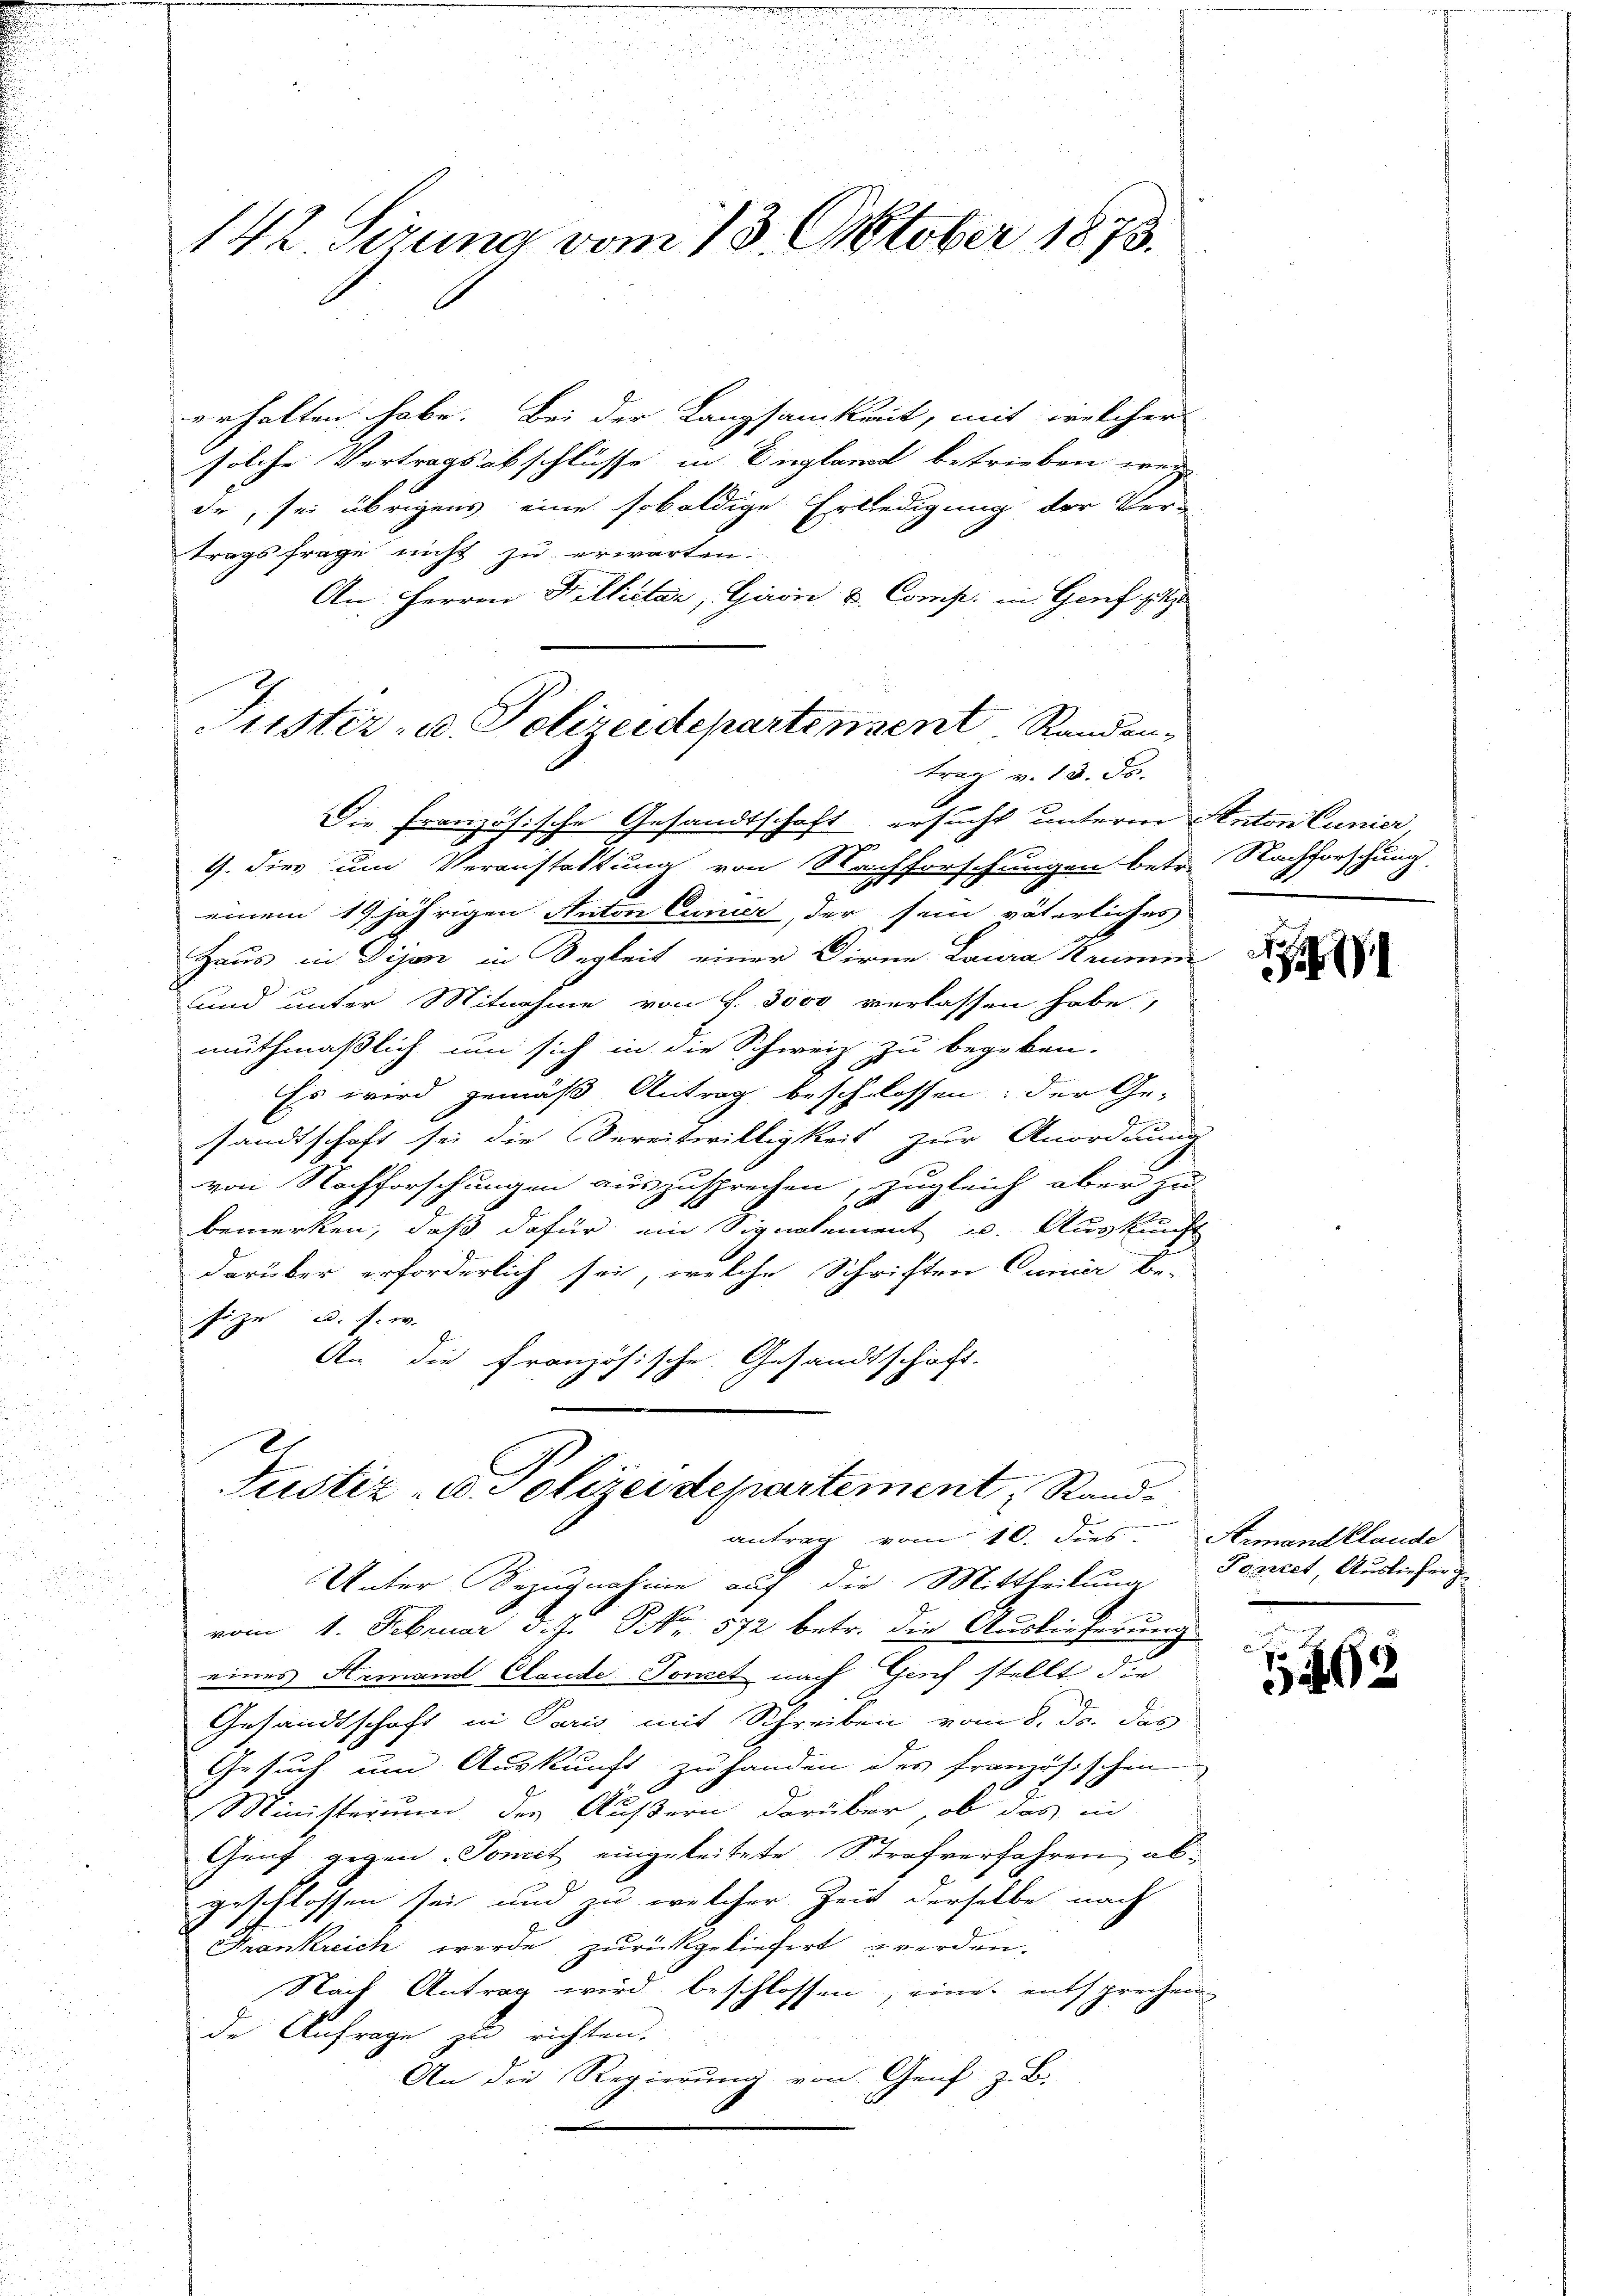
142. Sirung vom 13. Oktober 1873.

erhalten habe. Bei der Langsamkeit, mit welcher
solche Vertragsabschlüsse in England betrieben wer-
de, sei übrigens eine sobaldige Erledigung der Ver-
tragsfrage nicht zu erwarten.
An: Herren Pillictar, Gawin u. Comp. in Genf sitz
Die französische Gesandtschaft ersucht unterm Anton Cunier,
2
4. dies um Veranstattung von Nachforschungen betr. Nachforschung
einem 19 jährigen Anton Cunier, der sein väterliches
Haus in Dijon in Segkeit einer Dirne Laura Krumm
und unter Mitnahme von S. 3500 verlassen habe;
muthmaßlich um sich in die Schweiz zu begeben.
Es wird gemäß Antrag beschlossen: der Ge-
sandtschaft sei die Bereitwilligkeit zur Anordnung
von Nachforschungen auszusprechen, zugleich aber zu
bemerken, daß dafür ein Signalement u. Auskunft
darüber erforderlich sei, welche Schriften Cunier be-
Pöcze u. s. w.
An die französische Gesandtschaft.

Justiz- u. Polizeidepartement Randantrag v. 18. ds.

¬
Justiz- u. Polizei departement, Stande
antrag vom 10. dies Armandelande

Unter Bezugnahme auf die Mittheilung
vom 1. Februar d. J. Nr. 572 betr. die Auslieferung
eines Armand Claude Tomet nach Genf stellt die
Gesandtschaft in Paris mit Schreiben vom 8. ds. das
Gesuch um Auskunft zu handen des französischen
Ministerium der Äußern darüber, ob das in
Genf gegen Tomit eingeleitete Strafverfahren abgeschlossen sei, und zu welcher Zeit derselbe nach
Krankreich werde zurückgeliefert werden.
Nach Antrag wird beschlossen, eines entsprechen
de Anfrage zu richten.
An die Regierung von Genf z. B.

2
.

Poriret, Ausliefer g

1262